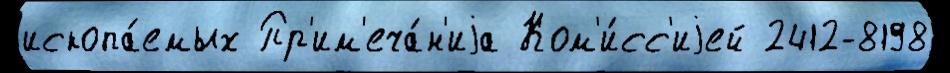
ископа́емых Пр'им'еча́н'иjа Ком'и́сс'иjей 2412-8198